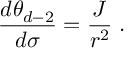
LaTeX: \frac { d \theta _ { d - 2 } } { d \sigma } = \frac { J } { r ^ { 2 } } \; .